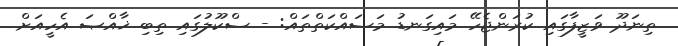
ތިނަދޫ ވަޒީފާގައި ކުރަންޖެހޭ މައިގަނޑު މަސައްކަތްތައް: - ސްކޫލުގައި ތިބި ޚާއްޞަ އެހީއަށް